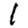
Digit: 1